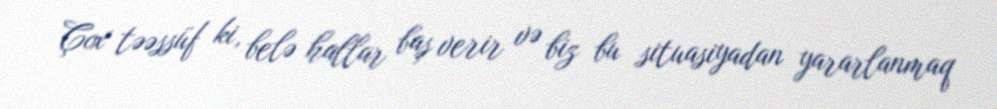
Çox təəssüf ki, belə hallar baş verir və biz bu situasiyadan yararlanmaq